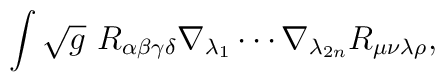
\int \sqrt{g}~R_{\alpha \beta \gamma \delta }\nabla _{\lambda _{1}}\cdots\nabla _{\lambda _{2n}}R_{\mu \nu \lambda \rho },